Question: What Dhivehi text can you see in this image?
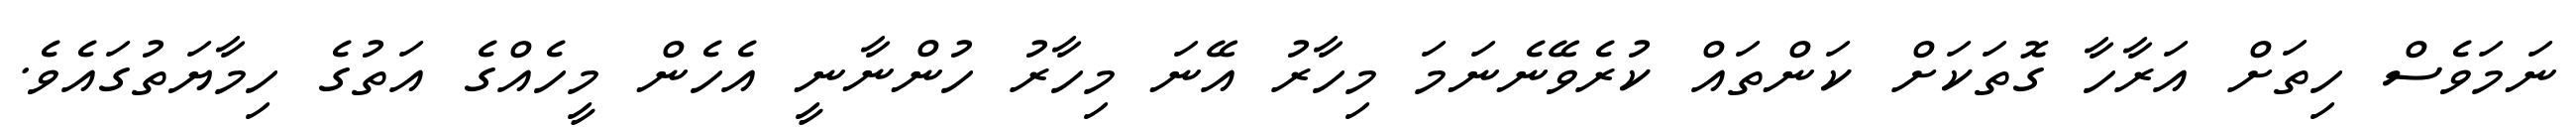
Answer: ނަމަވެސް ހިތަށް އަރާހާ ގޮތަކަށް ކަންތައް ކުރެވޭނެނަމަ މިހާރު އޭނަ މިހާރު ހުންނާނީ އެހެން މީހެއްގެ އަތުގެ ހިމާޔަތުގައެވެ.